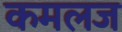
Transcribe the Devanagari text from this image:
कमलज